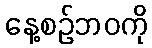
နေ့စဉ်ဘဝကို